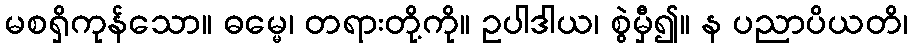
မစရှိကုန်သော။ ဓမ္မေ၊ တရားတို့ကို။ ဥပါဒါယ၊ စွဲမှီ၍။ န ပညာပိယတိ၊